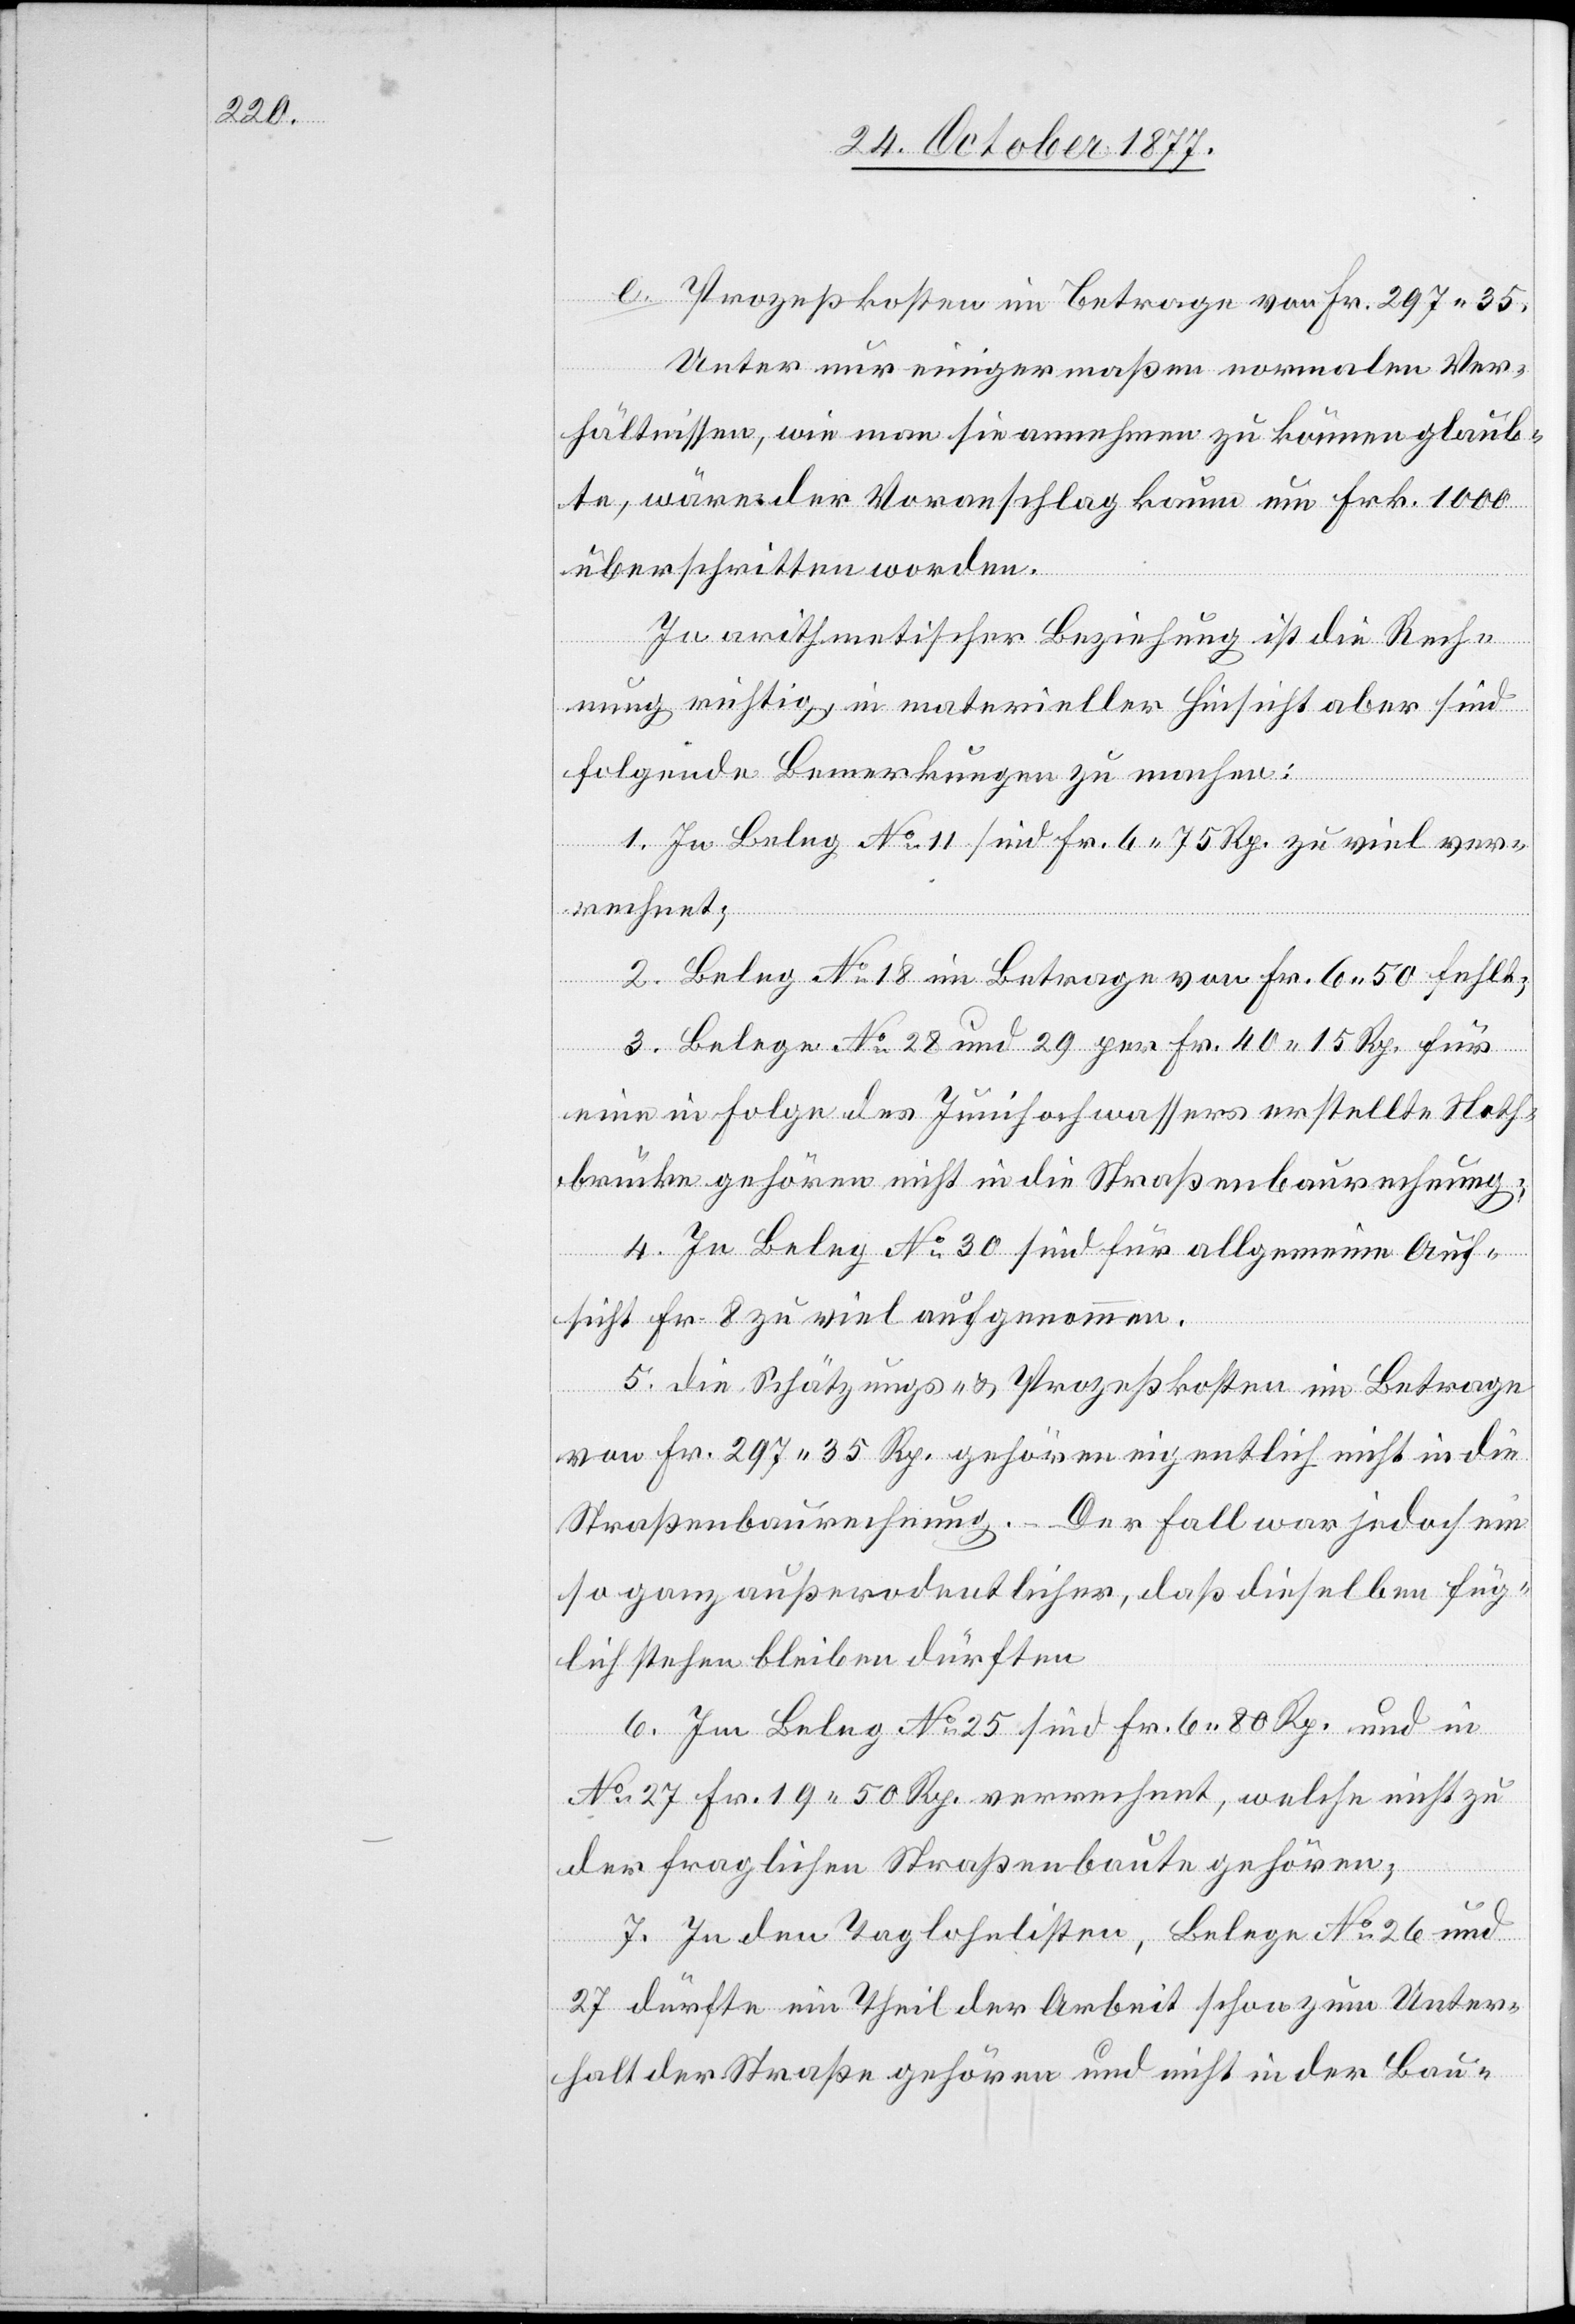
Prozeßkosten im Betrage von Fr. 297.35.
e.
Unter nur einigermaßen normalen Ver¬
hältnissen, wie man sie annehmen zu können glaub¬
te, wäre der Voranschlag kaum um Frk. 1000
überschritten worden.
In arithmetischer Beziehung ist die Rech¬
nung richtig, in materieller Hinsicht aber sind
folgende Bemerkungen zu machen:
1. In Beleg No 11 sind Fr. 6 75 Rp. zu viel ver¬
rechnet;
2. Beleg No 18 im Betrage von Fr. 6.50 fehlt;
3. Belege No 28 und 29 per Fr. 40 15 Rp. für
eine in Folge des Junihochwassers erstellte Noth¬
brücke gehören nicht in die Straßenbaurechnung;
4. In Beleg No 30 sind für allgemeine Auf¬
sicht Fr. 8 zu viel aufgenommen.
5. die Schätzungs- & Prozeßkosten im Betrage
von Fr. 297 35 Rp. gehören eigentlich nicht in die
Straßenbaurechnung. – Der Fall war jedoch ein
so ganz außero[r]dentlicher, daß dieselben füg¬
lich stehen bleiben dürften
6. Im Beleg No 25 sind Fr. 6 80 Rp. und in
No 27 Fr. 19 50 Rp. verrechnet, welche nicht zu
der fraglichen Straßenbaute gehören;
7. In den Taglohnlisten, Belege No 26 und
27 dürfte ein Theil der Arbeit schon zum Unter¬
halt der Straße gehören und nicht in der Bau-